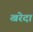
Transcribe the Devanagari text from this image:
खरेदा